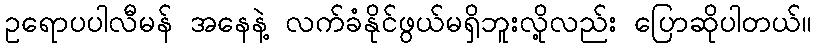
ဥရောပပါလီမန် အနေနဲ့ လက်ခံနိုင်ဖွယ်မရှိဘူးလို့လည်း ပြောဆိုပါတယ်။